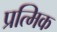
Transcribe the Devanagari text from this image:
प्रत्मिक